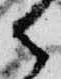
御